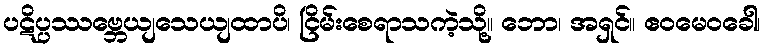
ပဋိပ္ပဿဗ္ဘေယျသေယျထာပိ၊ ငြိမ်းစေရာသကဲ့သို့။ ဘော၊ အရှင်။ ဧဝမေဝခေါ၊